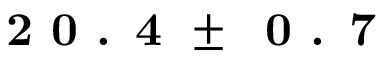
\textbf { 2 0 . 4 } \pm \: \textbf { 0 . 7 }